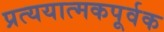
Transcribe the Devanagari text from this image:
प्रत्ययात्मकपूर्वक